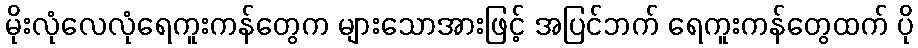
မိုးလုံလေလုံရေကူးကန်တွေက များသောအားဖြင့် အပြင်ဘက် ရေကူးကန်တွေထက် ပို